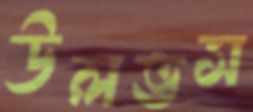
উলভস